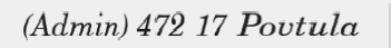
(Admin) 472 17 Povtula